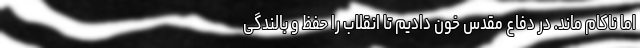
اما ناکام ماند. در دفاع مقدس خون دادیم تا انقلاب را حفظ و بالندگی